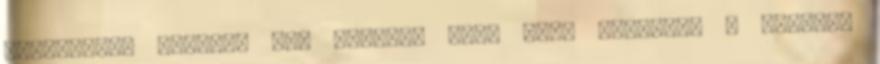
Bulgariaba mentem. Nem aludtam ott, csak atleptem a hatart,